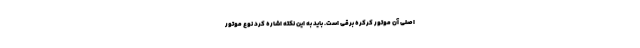
اصلی آن موتور کرکره برقی است. باید به این نکته اشاره کرد نوع موتور